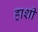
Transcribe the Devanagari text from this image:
हाशी